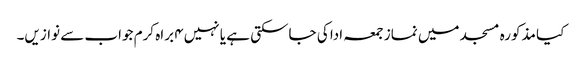
کیا مذکورہ مسجد میں نماز جمعہ ادا کی جاسکتی ہے یا نہیں۴ براہ کرم جواب سے نوازیں۔